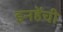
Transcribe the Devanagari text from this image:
इनहेंची